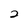
Character: 2